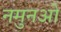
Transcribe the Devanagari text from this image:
नमुनओ